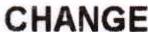
CHANGE